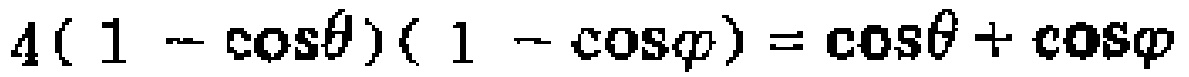
\(4(1 - \cos\theta)(1 - \cos\varphi) = \cos\theta + \cos\varphi\)